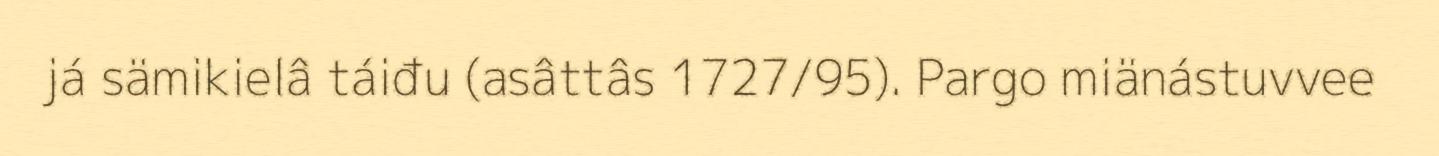
já sämikielâ táiđu (asâttâs 1727/95). Pargo miänástuvvee